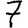
Digit: 7